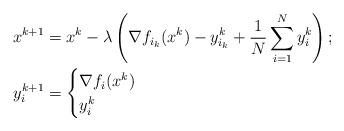
LaTeX: \begin{align*} x^{k+1} &= x^k - \lambda \left(\nabla f_{i_k}(x^k) - y_{i_k}^k + \frac{1}{N} \sum_{i=1}^N y_i^k\right);\\y_{i}^{k+1} &= \begin{cases} \nabla f_{i}(x^k)& \\ y_i^k &\end{cases}\end{align*}